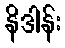
နိဒါန်း